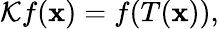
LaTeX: {\mathcal K}f({\mathbf x})=f(T({\mathbf x})),